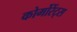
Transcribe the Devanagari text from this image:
कोर्मोरेंट्स